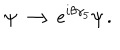
\psi \longrightarrow e ^ { i \theta \gamma _ { 5 } } \psi \, .